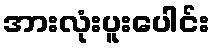
အားလုံးပူးပေါင်း